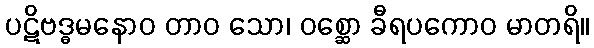
ပဋိဗဒ္ဓမနောဝ တာဝ သော၊ ဝစ္ဆော ခီရပကောဝ မာတရိ။